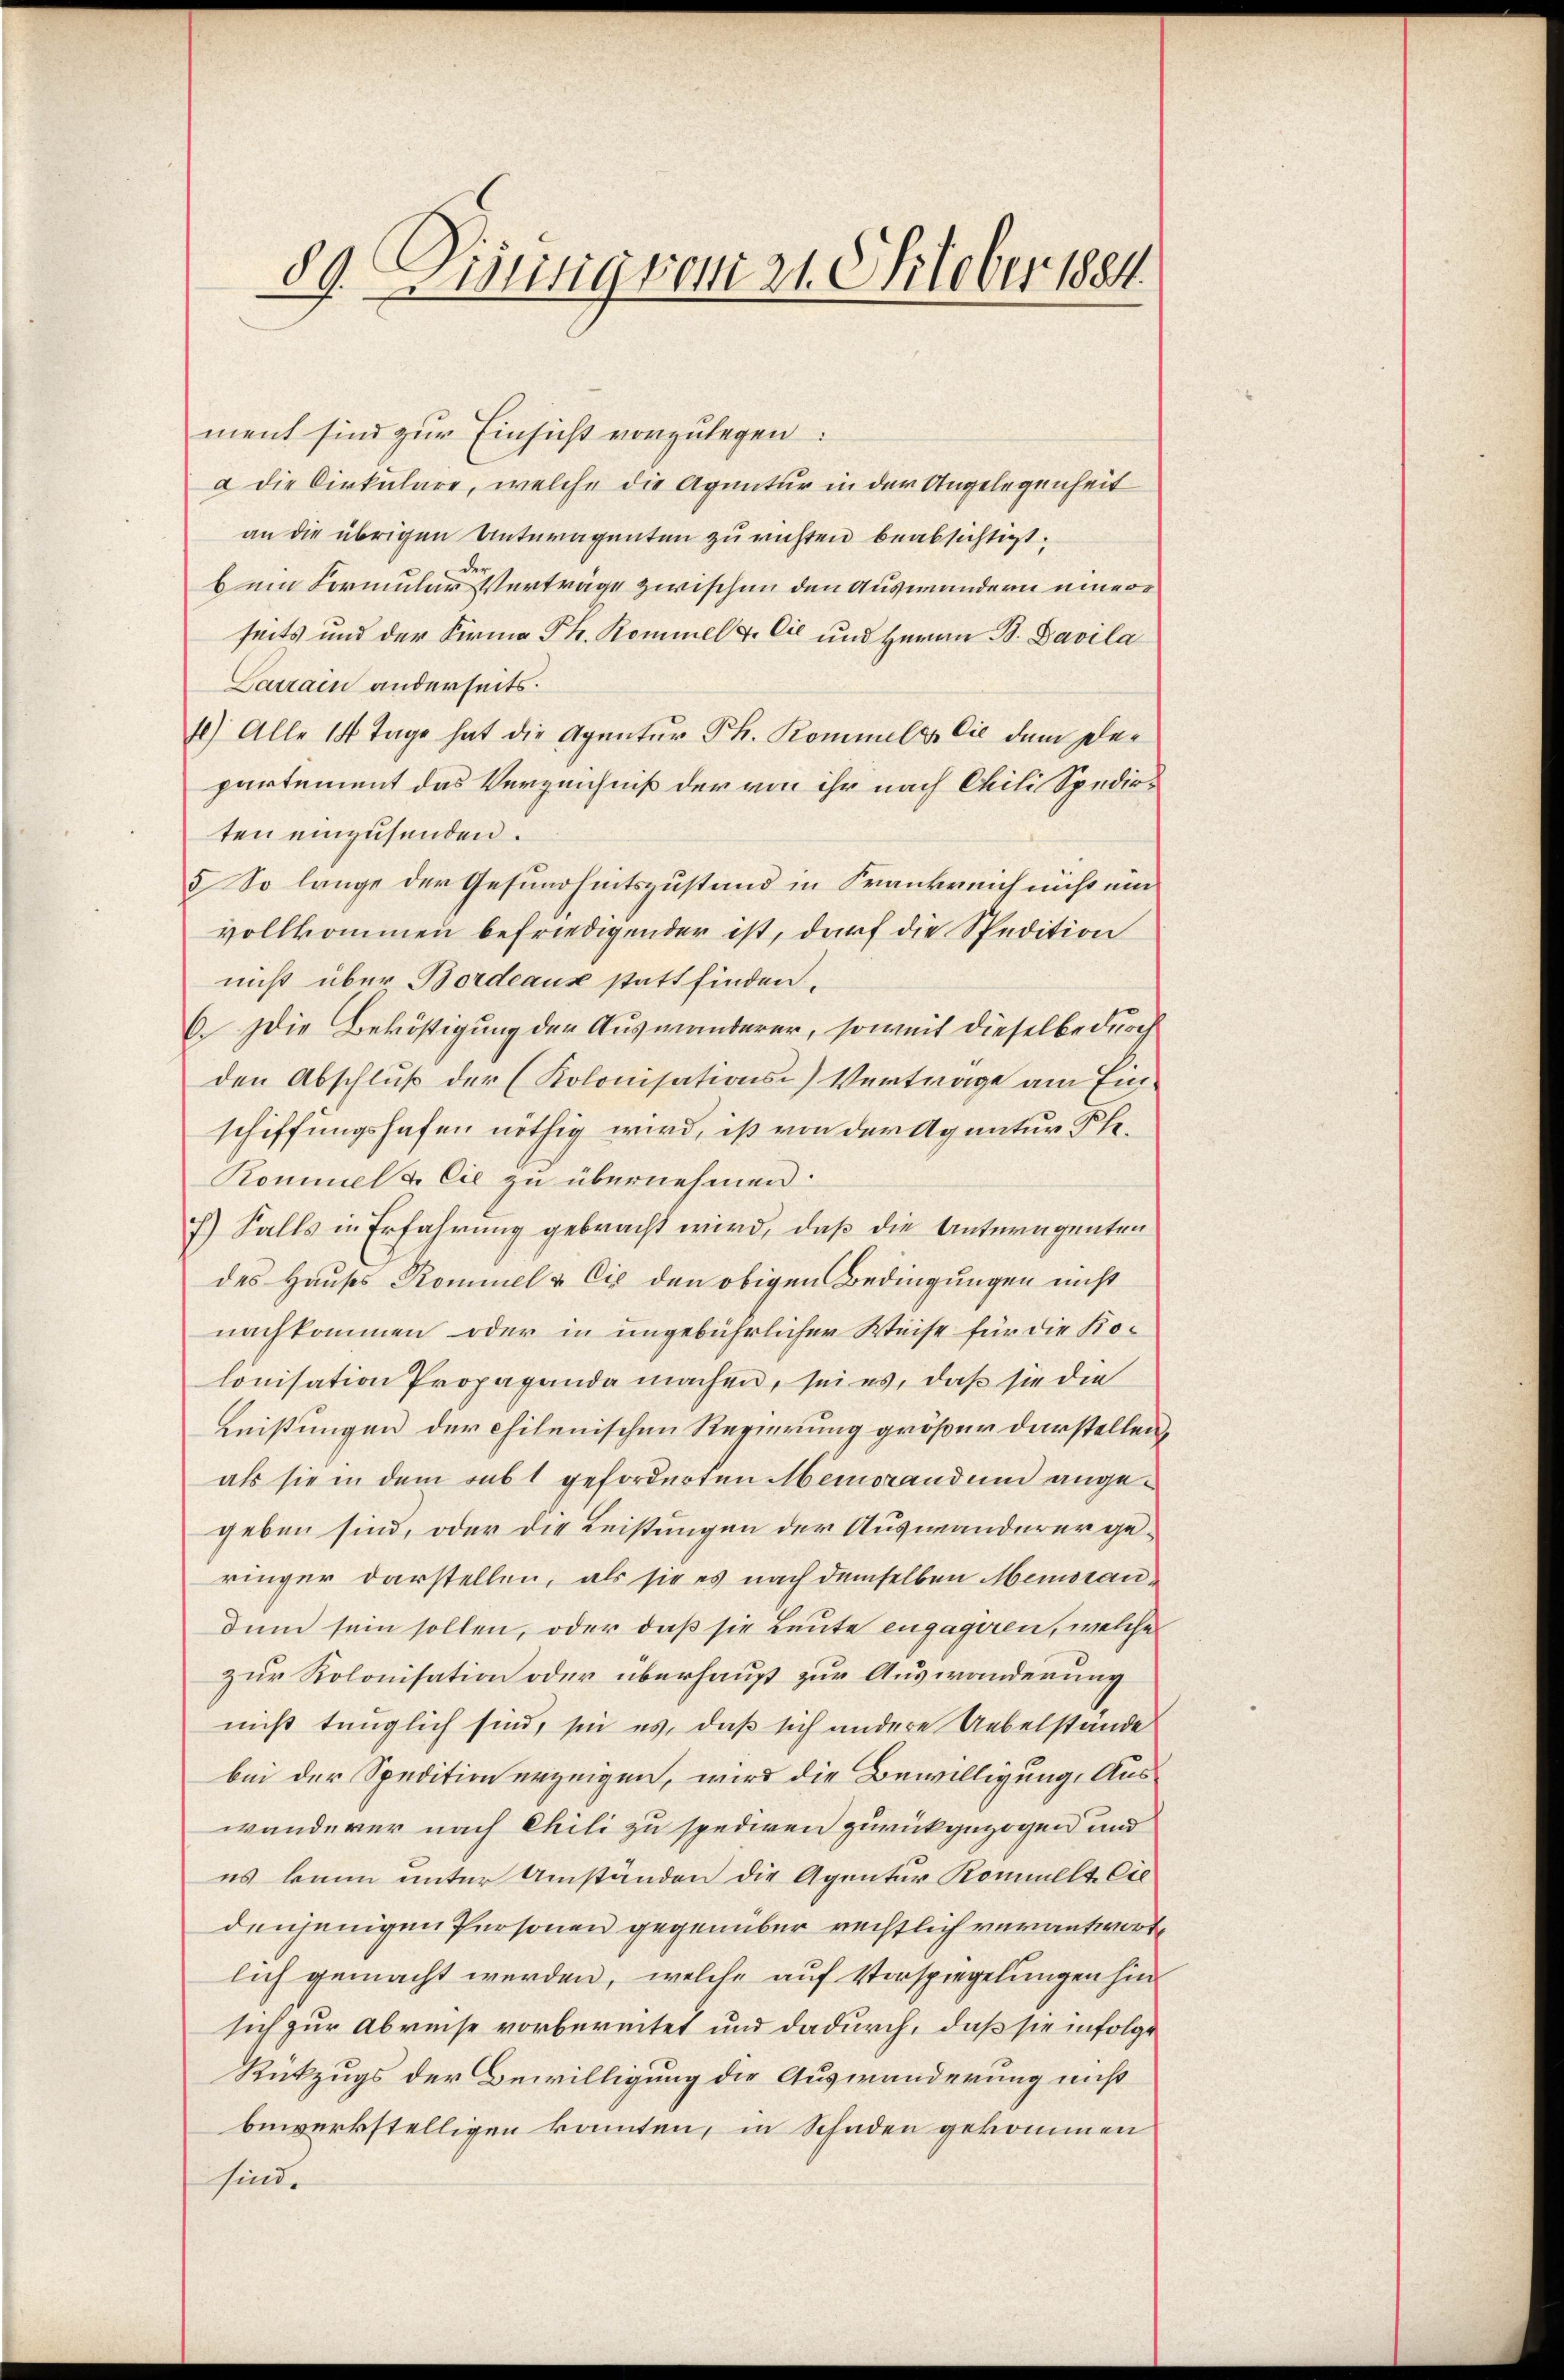
89. Errung vom 21. Oktober 1884.

ment sind zur Einsicht vorzulegen:
a die Cirkulare, welche die Agentur in der Angelegenheit
an die übrigen Unteragenten zu richten beabsichtigt;
bein Formular Verträge zwischen den Auswandern einere
seits und der Firma Ph. Rommel & Cie und Herrn B. Davila
Larrain anderseits.
4) Alle 14 Tage hat die Agentur Ph. Kommels Cie dem Departement das Verzeichniß der von ihr nach Chili Spedirten einzusenden.
5 So lange der Gesundheitszustand in Frankreich nicht einvollkommen befriedigender ist, darf die Spedition
nicht über Bordeaux statt finden.
6. Die Beköstigung der Auswanderer, soweit dieselbe durch
den Abschluß der (Kolonisations-) Vertrage am Einschiffungshafen nöthig wird, ist von der Agnatur Ph.
Kommel & Cie zu übernehmen.
f) Falls in Erfahrung gebracht wird, daß die Antragenten
des Hauses Kommel & Cie den obigen Bedingungen nicht
nachkommen oder in ungebührlicher Weise für die Kolonisation Propaganda machen, sei es, daß sie die
Leistungen der chilenischen Regierung größer darstellen,
als sie in dem subt geforderten Memorandum angegeben sind, oder die Leistungen der Auswanderer geringer darstellen, als sie es nach demselben Memorandum sein sollen, oder daß sie Leute engagiren, welche
zur Kolonisation oder überhaupt zur Auswanderung
nicht tauglich sind, sie es, daß sich andere Uebelstände
bei der Spedition erzeigen, wird die Bewilligung, Auswänderer nach Chili zu spediren zurückgezogen und
es kann unter Umständen die Agentur Kommelt. Cie
denjenigen Personen gegenüber rechtlich verantworte
lich gemacht werden, welche auf Vorspiegelungen hin
sich zur Abreise vorbereitet und dadurch, daß sie infolge
Rükzugs der Bewilligung die Auswanderung nicht
bewerkstelligen konnten, in Schaden gekommen
sind.